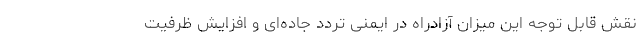
نقش قابل توجه این میزان آزادراه در ایمنی تردد جاده‌ای و افزایش ظرفیت